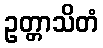
ဥတ္တာသိတံ